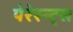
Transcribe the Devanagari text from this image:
पेरेस्न्ट्स